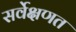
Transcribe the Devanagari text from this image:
सर्वेक्षणत